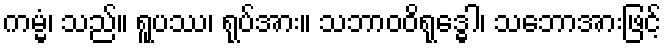
ကမ္မံ၊ သည်။ ရူပဿ၊ ရုပ်အား။ သဘာဝဝိရုဒ္ဓေါ၊ သဘောအားဖြင့်